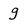
Character: g